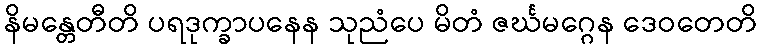
နိမန္တေတီတိ ပရဒုက္ခာပနေန သုညံပေ မိတံ ဇင်္ဃမဂ္ဂေန ဒေဝတေတိ